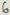
Text: 6